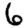
Digit: 6